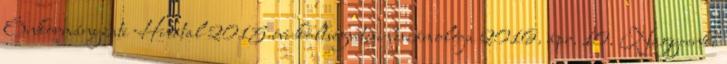
Önkormányzati Hivatal 2015.évi költségvetési beszámolója 2016. ápr. 10. Nagycenki